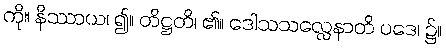
ကို။ နိဿာယ၊ ၍။ တိဋ္ဌတိ၊ ၏။ ဒေါသသလ္လေနာတိ ပဒေ၊ ၌။